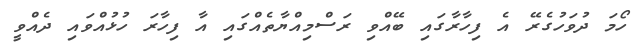
ހޯމަ ދުވަހުގެރޭ އެ ފިހާރާގައި ބޭއްވި ރަސްމިއްޔާތެއްގައި އާ ފިހާރަ ހުޅުއްވައި ދެއްވީ